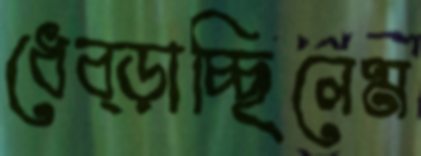
ধেব্‌ড়াচ্ছিলেম